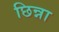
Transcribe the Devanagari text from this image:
छिन्ना